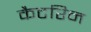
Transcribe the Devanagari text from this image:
कैटरिन